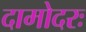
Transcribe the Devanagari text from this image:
दामोदरः